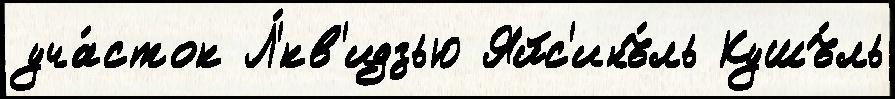
уча́сток Л'́кв'идзью Яйс'инъ́ль Кушъ́ль